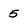
Character: 5